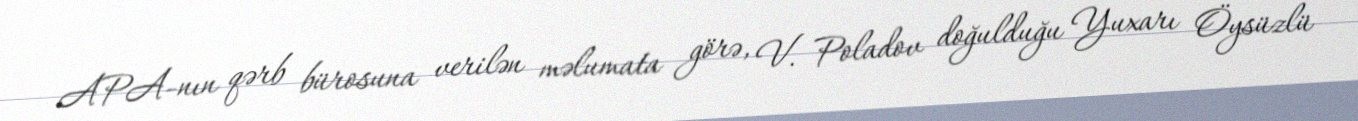
APA-nın qərb bürosuna verilən məlumata görə, V. Poladov doğulduğu Yuxarı Öysüzlü